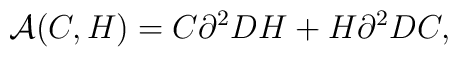
{\cal A}(C,H)=C\partial^{2}DH+H\partial^{2}DC,